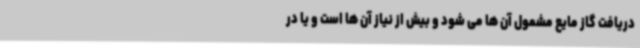
دریافت گاز مایع مشمول آن ها می شود و بیش از نیاز آن ها است و یا در